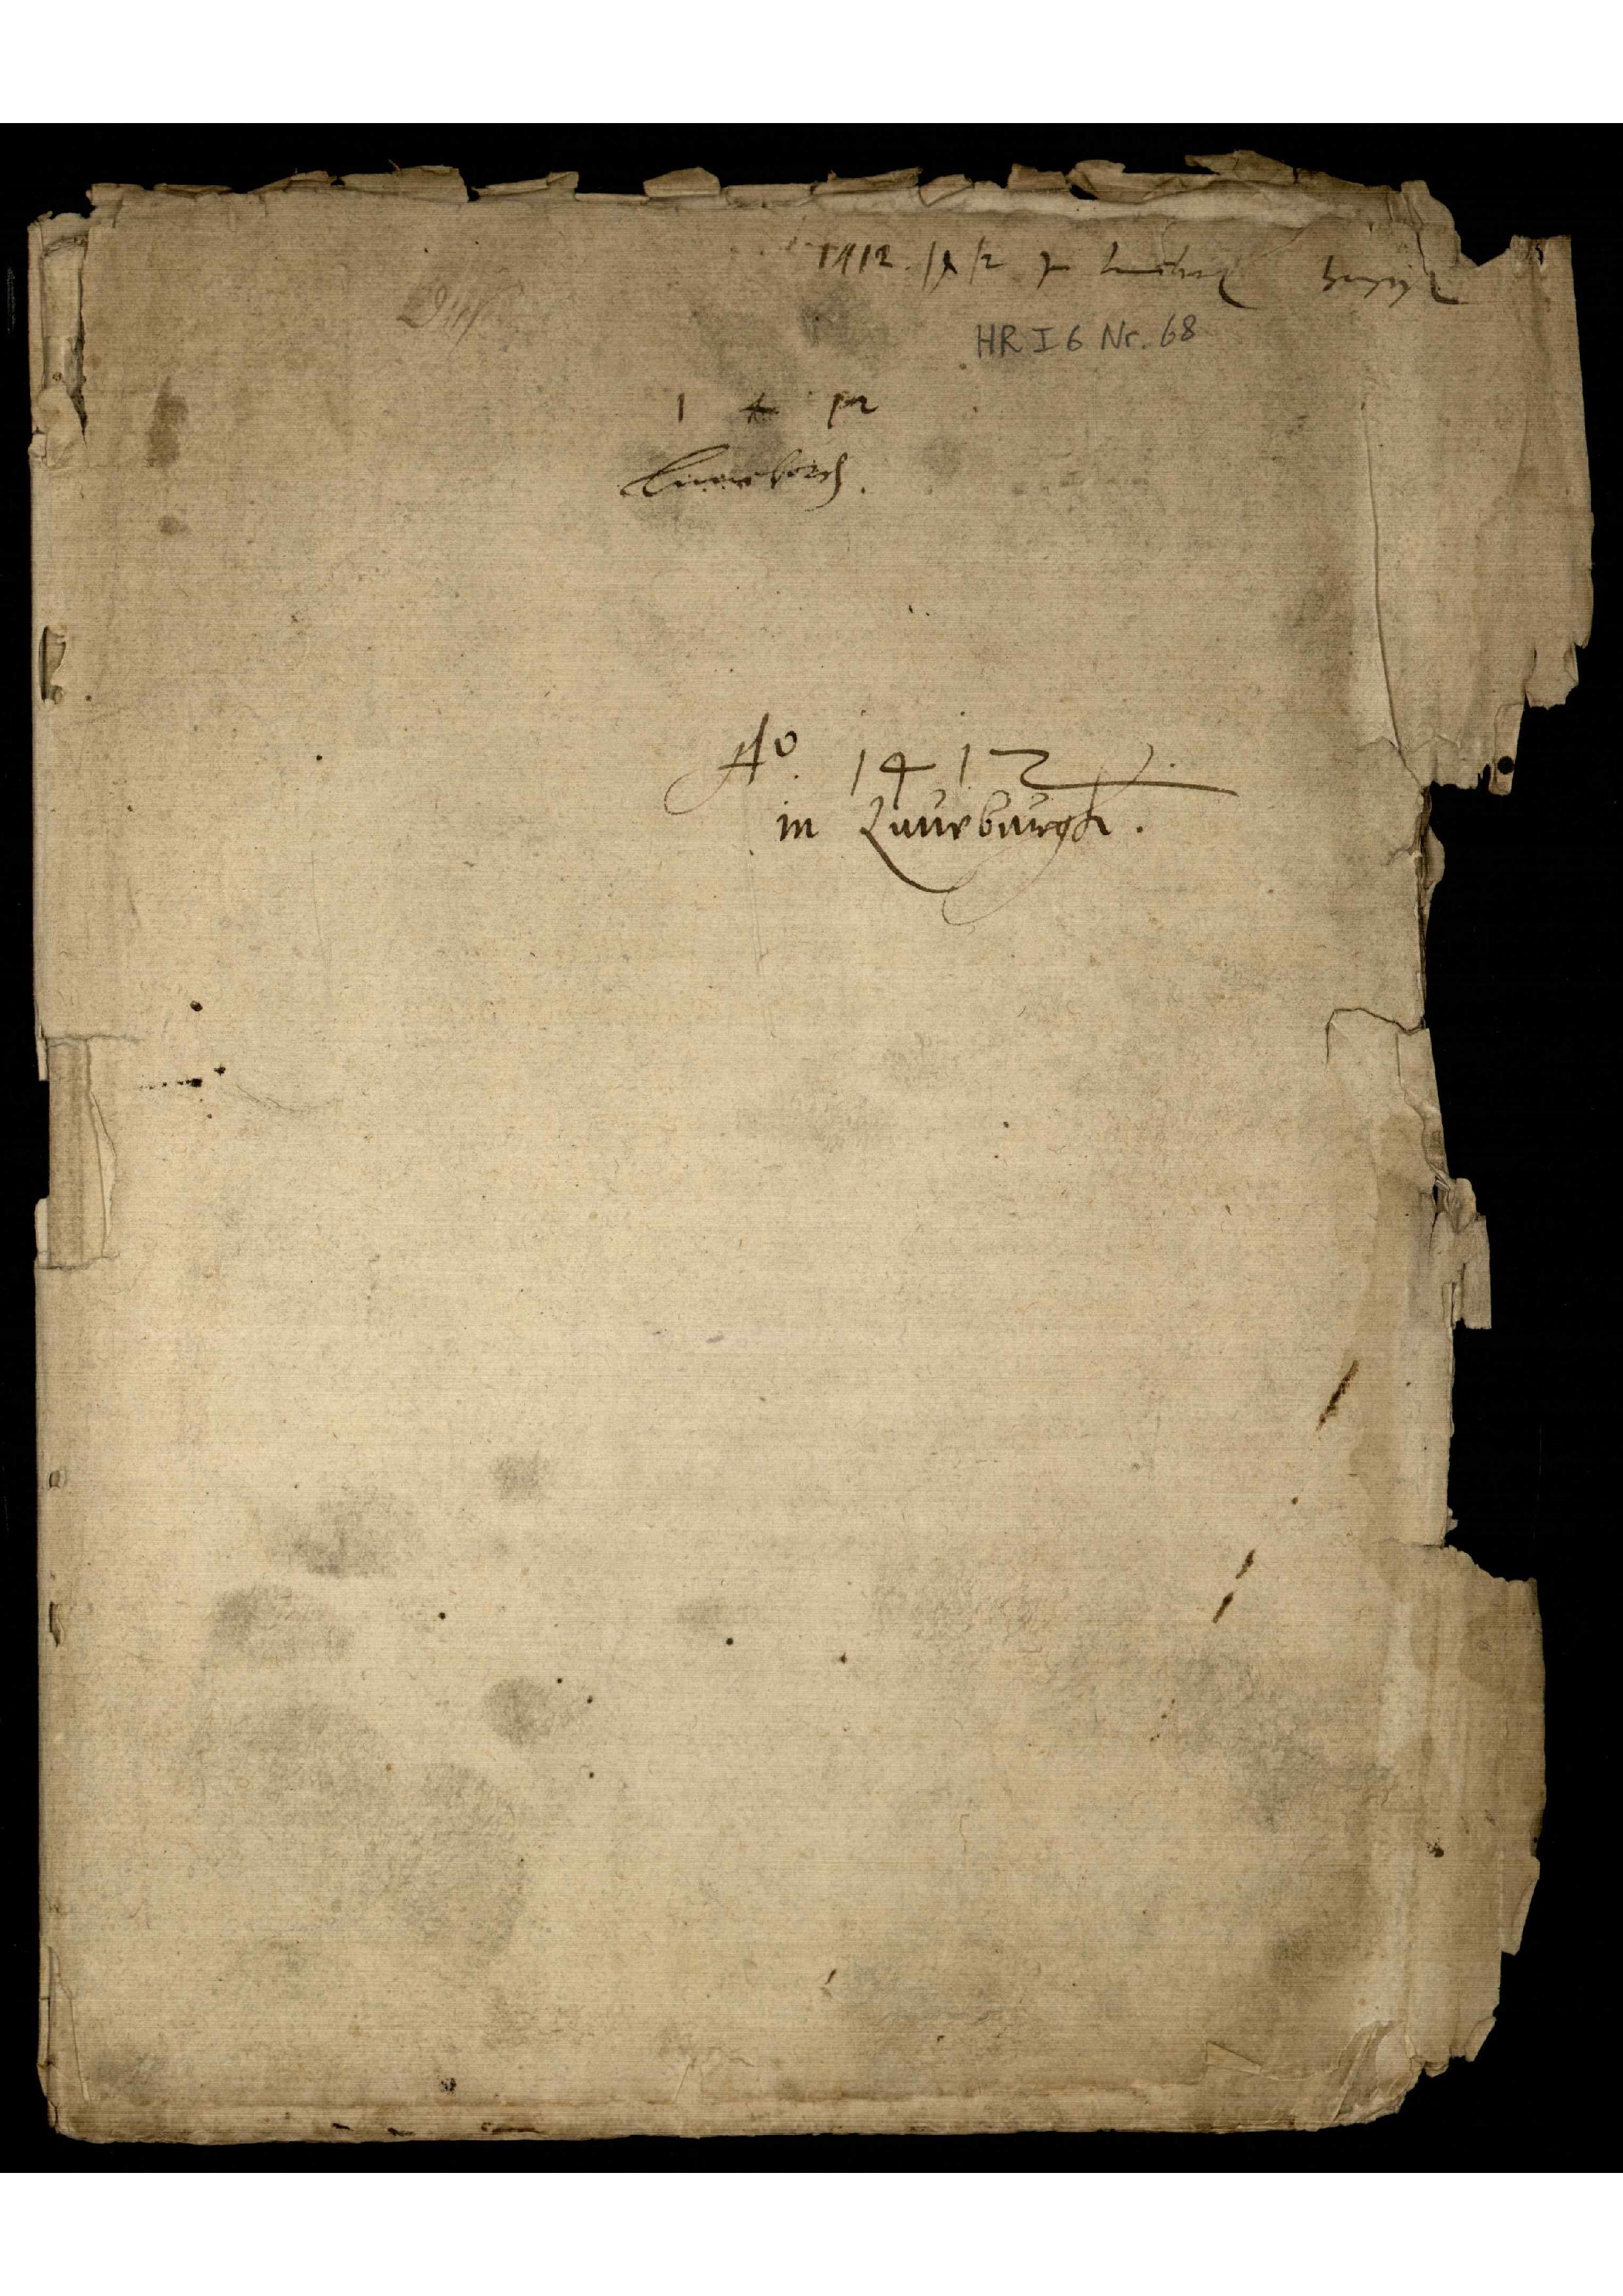
1412. 1412 jn Luneburg hensisch

1412
Luneborch

Ao 1412
in Luneburgh